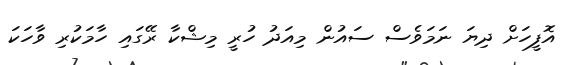
އޮފީހަށް ދިޔަ ނަމަވެސް ސައުން މިއަދު ހުރީ މިޝްކާ ރޭގައި ހާމަކުރި ވާހަކަ